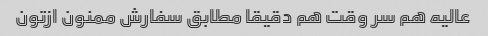
عالیه هم سر وقت هم دقیقا مطابق سفارش ممنون ازتون